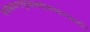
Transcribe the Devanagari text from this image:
सर्वकामनापूरकसर्वआपदानाशकहै।